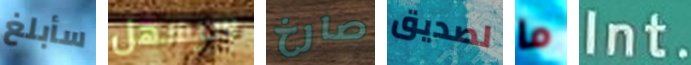
سأبلغ سيسهل صارخ لصديق ما Int.